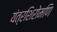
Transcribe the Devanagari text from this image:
यंत्रशिरोमणि